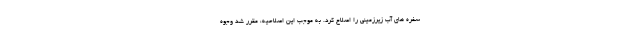
سفره های آب زیرزمینی را اصلاح کرد. به موجب این اصلاحیه، مقرر شد وجوه